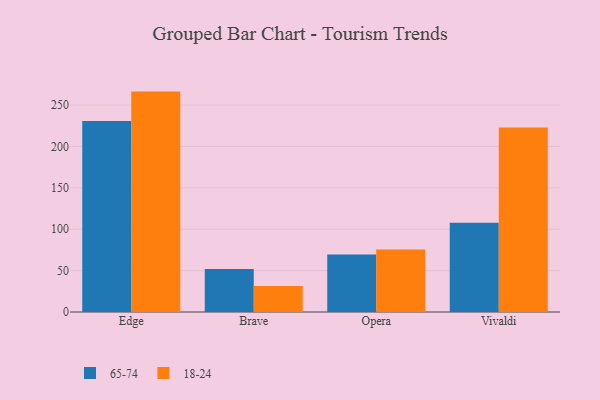
{"axis": {"x": "Browser", "y": "Churn Rate (%)"}, "legend": ["18-24", "65-74"], "data": [{"x": "Edge", "y": 230.7, "type": "65-74"}, {"x": "Edge", "y": 266.3, "type": "18-24"}, {"x": "Brave", "y": 51.9, "type": "65-74"}, {"x": "Brave", "y": 31.5, "type": "18-24"}, {"x": "Opera", "y": 69.6, "type": "65-74"}, {"x": "Opera", "y": 75.4, "type": "18-24"}, {"x": "Vivaldi", "y": 107.8, "type": "65-74"}, {"x": "Vivaldi", "y": 222.9, "type": "18-24"}]}